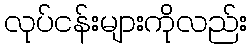
လုပ်ငန်းများကိုလည်း